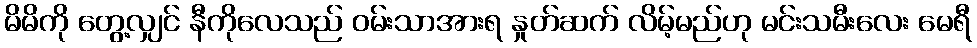
မိမိကို တွေ့လျှင် နီကိုလေသည် ဝမ်းသာအားရ နှုတ်ဆက် လိမ့်မည်ဟု မင်းသမီးလေး မေရီ